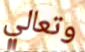
وتعالي